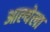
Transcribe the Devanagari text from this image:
आल्येला